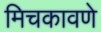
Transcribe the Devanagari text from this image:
मिचकावणे